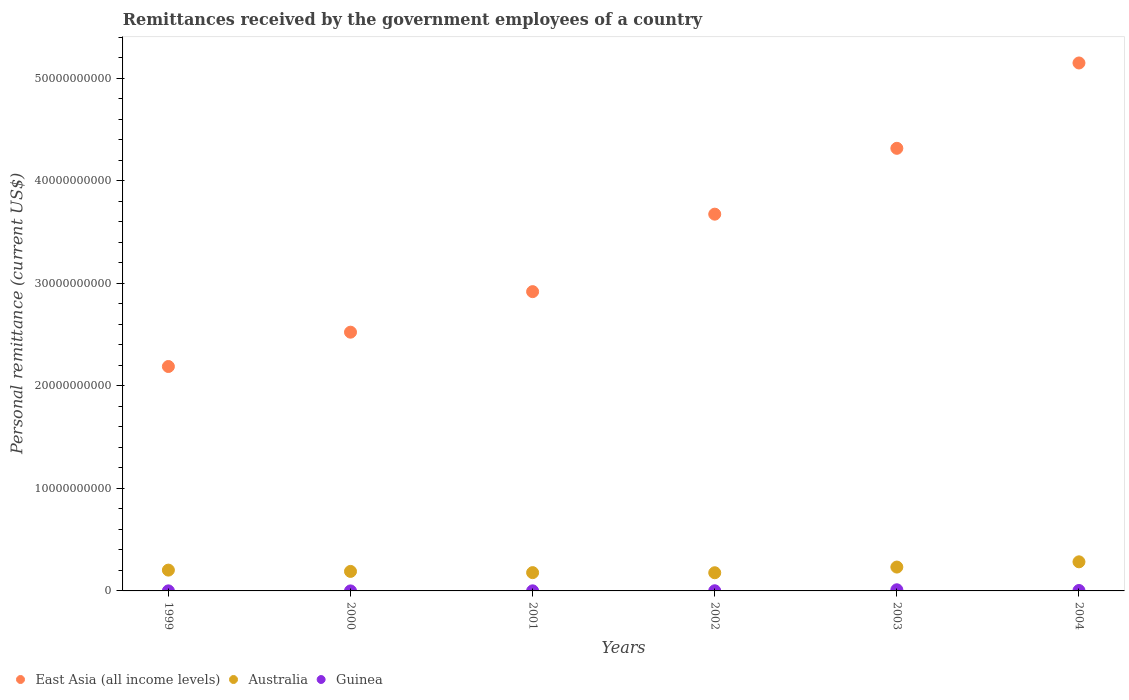
| Years | East Asia (all income levels) | Australia | Guinea |
 | --- | --- | --- | --- |
 | 1999 | 2.19e+10 | 2.03e+09 | 6.02e+06 |
 | 2000 | 2.52e+10 | 1.9e+09 | 1.17e+06 |
 | 2001 | 2.92e+10 | 1.78e+09 | 8.72e+06 |
 | 2002 | 3.67e+10 | 1.77e+09 | 1.52e+07 |
 | 2003 | 4.32e+10 | 2.33e+09 | 1.11e+08 |
 | 2004 | 5.15e+10 | 2.84e+09 | 4.16e+07 |